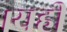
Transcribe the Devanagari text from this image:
।यही